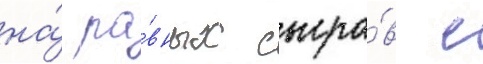
на́ ра́вных сыгра́в с